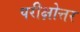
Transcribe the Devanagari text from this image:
परीक्षोत्तर